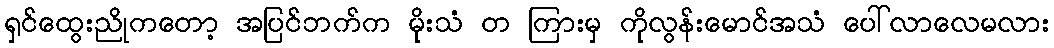
ရှင်ထွေးညိုကတော့ အပြင်ဘက်က မိုးသံ တ ကြားမှ ကိုလွန်းမောင်အသံ ပေါ်လာလေမလား